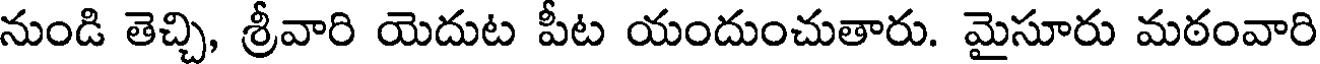
నుండి తెచ్చి, శ్రీవారి యెదుట పీట యందుంచుతారు. మైసూరు మఠంవారి